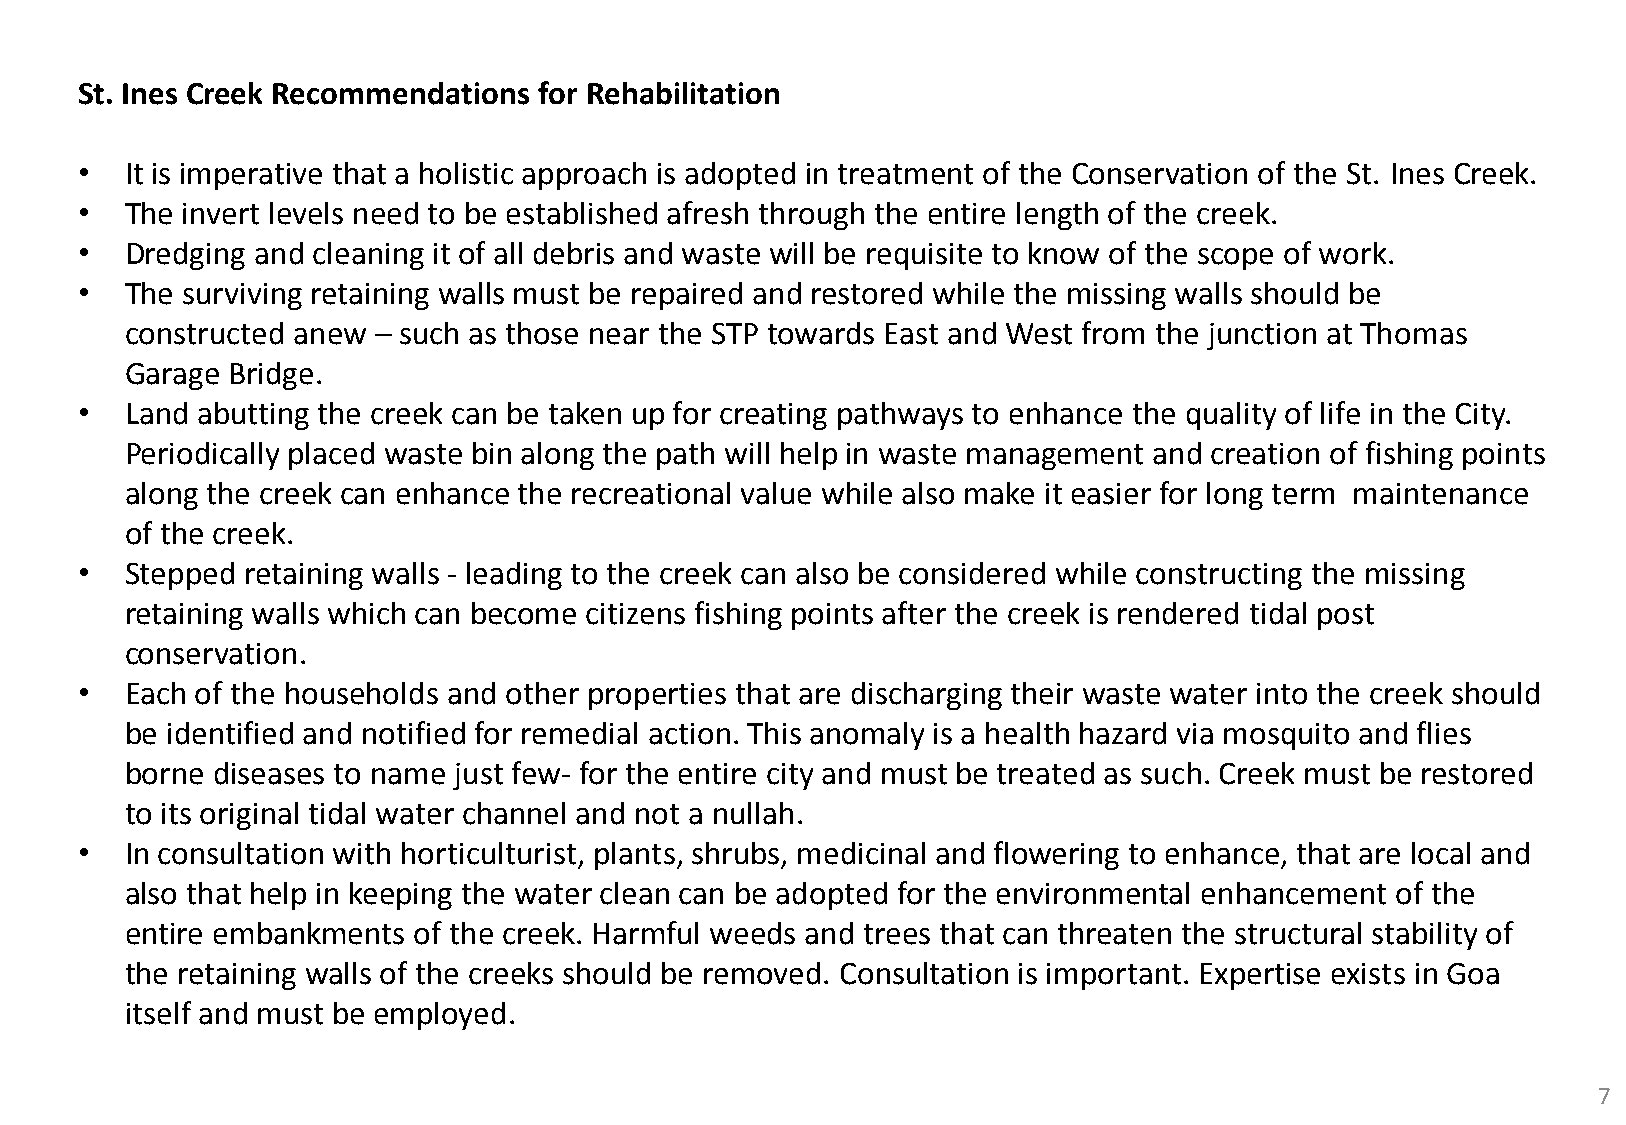
St. Ines Creek Recommendations for Rehabilitation
 •  It is imperative that a holistic approach is adopted in treatment of the Conservation of the St. Ines Creek.
 •  The invert levels need to be established afresh through the entire length of the creek.
 •  Dredging and cleaning it of all debris and waste will be requisite to know of the scope of work.
 •  The surviving retaining walls must be repaired and restored while the missing walls should be
 constructed anew – such as those near the STP towards East and West from the junction at Thomas
 Garage Bridge.
 •  Land abutting the creek can be taken up for creating pathways to enhance the quality of life in the City.
 Periodically placed waste bin along the path will help in waste management and creation of fishing points
 along the creek can enhance the recreational value while also make it easier for long term maintenance
 of the creek.
 •  Stepped retaining walls - leading to the creek can also be considered while constructing the missing
 retaining walls which can become citizens fishing points after the creek is rendered tidal post
 conservation.
 •  Each of the households and other properties that are discharging their waste water into the creek should
 be identified and notified for remedial action. This anomaly is a health hazard via mosquito and flies
 borne diseases to name just few- for the entire city and must be treated as such. Creek must be restored
 to its original tidal water channel and not a nullah.
 •  In consultation with horticulturist, plants, shrubs, medicinal and flowering to enhance, that are local and
 also that help in keeping the water clean can be adopted for the environmental enhancement of the
 entire embankments of the creek. Harmful weeds and trees that can threaten the structural stability of
 the retaining walls of the creeks should be removed. Consultation is important. Expertise exists in Goa
 itself and must be employed.
 7